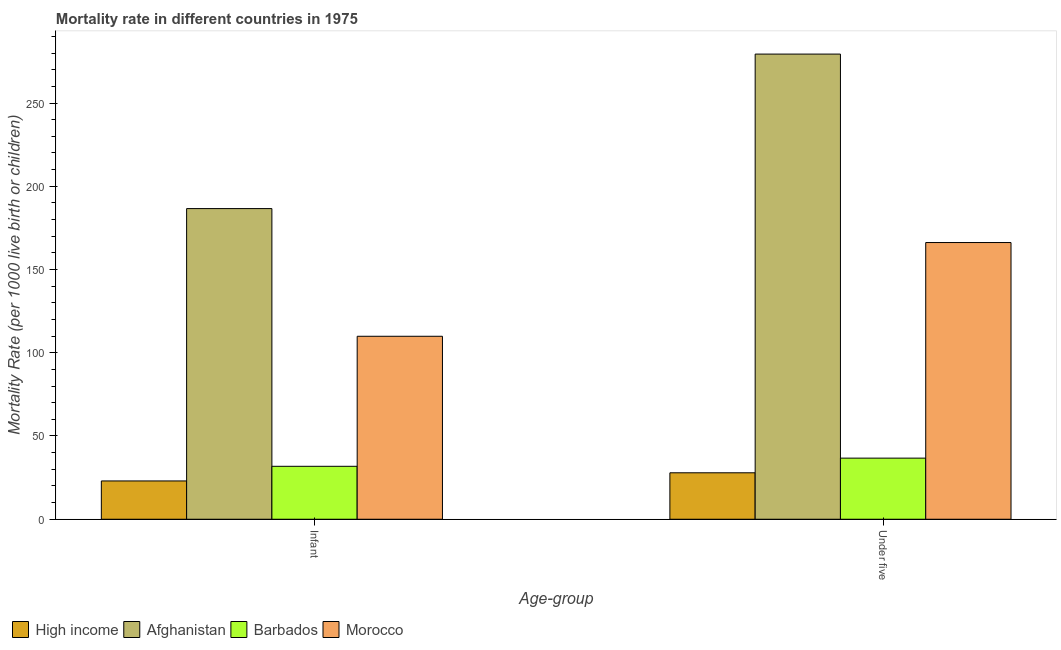
| Age-group | High income | Afghanistan | Barbados | Morocco |
 | --- | --- | --- | --- | --- |
 | Infant | 23 | 187 | 31.8 | 110 |
 | Under five | 27.9 | 279 | 36.7 | 166 |